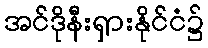
အင်ဒိုနီးရှားနိုင်ငံ၌